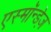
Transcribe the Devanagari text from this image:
एस्मॉन्डेज़